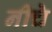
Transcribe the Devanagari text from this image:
नीचे